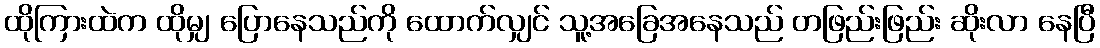
ထိုကြားထဲက ထိုမျှ ပြောနေသည်ကို ထောက်လျှင် သူ့အခြေအနေသည် တဖြည်းဖြည်း ဆိုးလာ နေပြီ